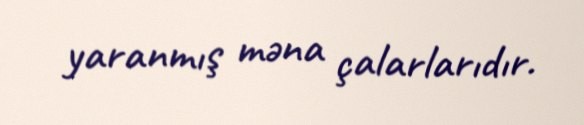
yaranmış məna çalarlarıdır.